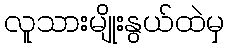
လူသားမျိုးနွယ်ထဲမှ